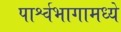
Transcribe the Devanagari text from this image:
पार्श्वभागामध्ये